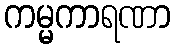
ကမ္မကာရဏာ